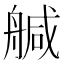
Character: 𦩢